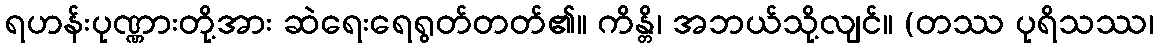
ရဟန်းပုဏ္ဏားတို့အား ဆဲရေးရေရွတ်တတ်၏။ ကိန္တိ၊ အဘယ်သို့လျင်။ (တဿ ပုရိသဿ၊